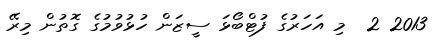
2013 2  މި އަހަރުގެ ފުޓްބޯޅަ ސީޒަން ހުޅުވުމުގެ ގޮތުން މިރޭ